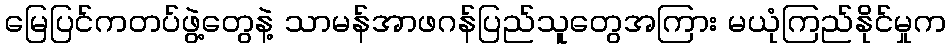
မြေပြင်ကတပ်ဖွဲ့တွေနဲ့ သာမန်အာဖဂန်ပြည်သူတွေအကြား မယုံကြည်နိုင်မှုက